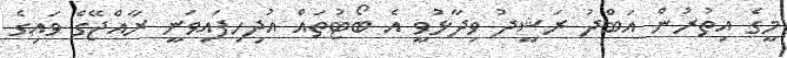
މީގެ އިތުރުން އަބްދު ރަޝީދު ވިދާޅުވީ އެ ބޯޓުތައް އުދިހިފައިވަނީ ރާއްޖޭގެ ވައިގެ